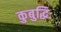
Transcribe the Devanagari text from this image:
कुबुद्धिः